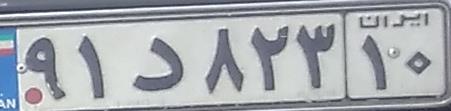
۹۱د۸۲۳۱۰